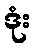
ဒုံး